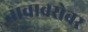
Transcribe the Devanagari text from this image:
नावाबरोबर